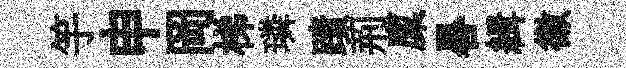
竽申岡梯璘蹟荊廩晷緝徽